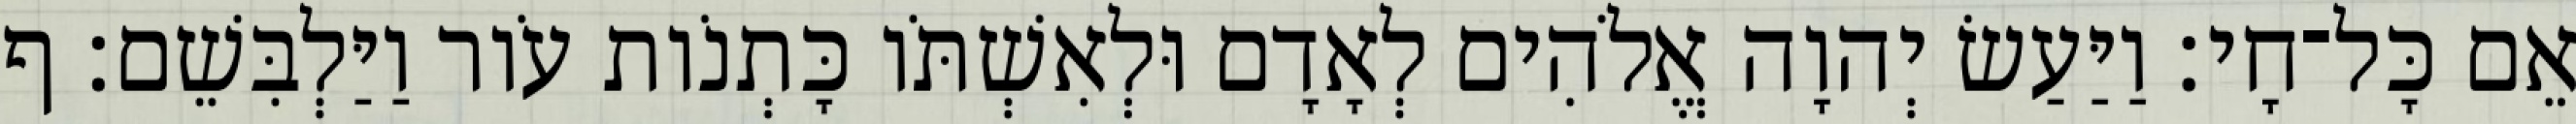
אֵם כָּל־חָי׃ וַיַּעַשׂ יְהוָה אֱלֹהִים לְאָדָם וּלְאִשְׁתֹּו כָּתְנֹות עֹור וַיַּלְבִּשֵׁם׃ ף